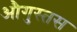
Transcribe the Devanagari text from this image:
औगुस्तस